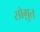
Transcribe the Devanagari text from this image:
सोग़ुत